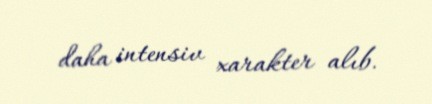
daha intensiv xarakter alıb.